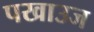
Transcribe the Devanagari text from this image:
पखाउज